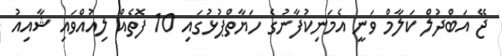
ޖޭ އަބްދުލް ކަލާމް ވަނީ އެމަނިކުފާނުގެ ހަޔާތްޕުޅުގައި 10 ފޮތެއް ލިއުއްވައި ޝާއިއު